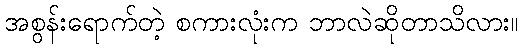
အစွန်းရောက်တဲ့ စကားလုံးက ဘာလဲဆိုတာသိလား။